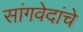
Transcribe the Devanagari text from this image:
सांगवेदांचे